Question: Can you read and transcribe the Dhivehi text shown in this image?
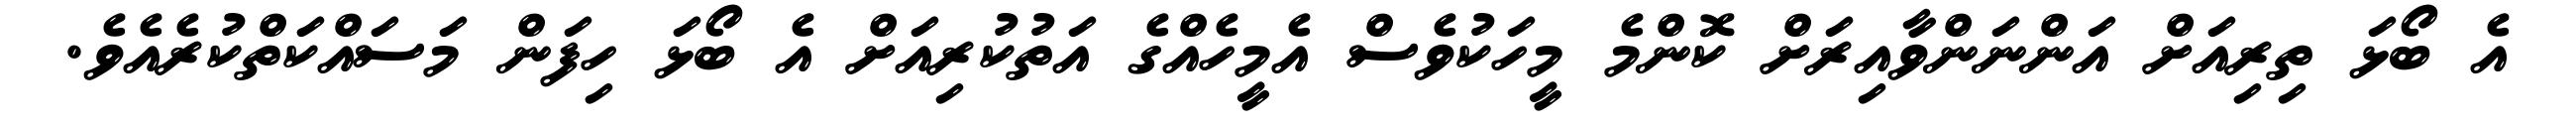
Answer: އެ ބޯޅަ ތިރިއަށް އަންނަންވާއިރަށް ކޮންމެ މީހަކުވެސް އެމީހެއްގެ އަތުކުރިއަށް އެ ބޯޅަ ހިފަން މަސައްކަތްކުރެއެވެ.